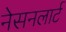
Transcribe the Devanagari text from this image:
नेसनलार्ट